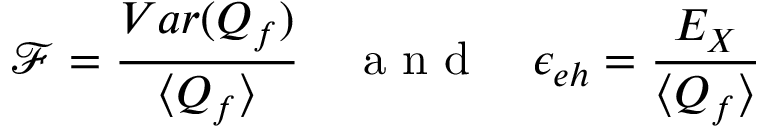
\mathcal { F } = \frac { V a r ( Q _ { f } ) } { \langle Q _ { f } \rangle } \quad \mathrm { ~ a ~ n ~ d ~ } \quad \epsilon _ { e h } = \frac { E _ { X } } { \langle Q _ { f } \rangle }